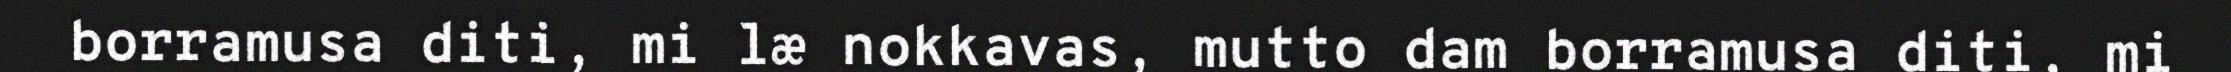
borramusa diti, mi læ nokkavas, mutto dam borramusa diti, mi